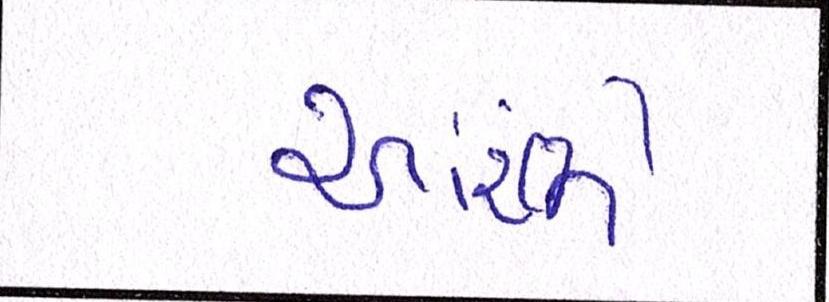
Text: આરંભે